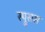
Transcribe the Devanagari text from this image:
स्प्रुसस